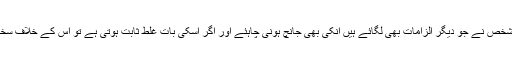
ہیکنگ کا دعوی کرنے والے شخص نے جو دیگر الزامات بھی لگائے ہیں انکی بھی جانچ ہونی چاہئے اور اگر اسکی بات غلط ثابت ہوتی ہے تو اس کے خلاف سخت کارروائی کی جانی چاہئے۔